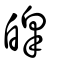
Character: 皥